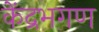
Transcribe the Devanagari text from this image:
केंद्रभगण